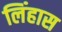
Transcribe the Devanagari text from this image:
लिंहास